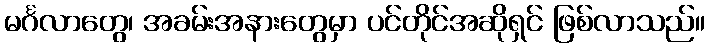
မင်္ဂလာတွေ၊ အခမ်းအနားတွေမှာ ပင်တိုင်အဆိုရှင် ဖြစ်လာသည်။